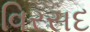
વિરસદ